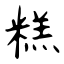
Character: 糕